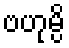
ဗဟုမ္ပိ